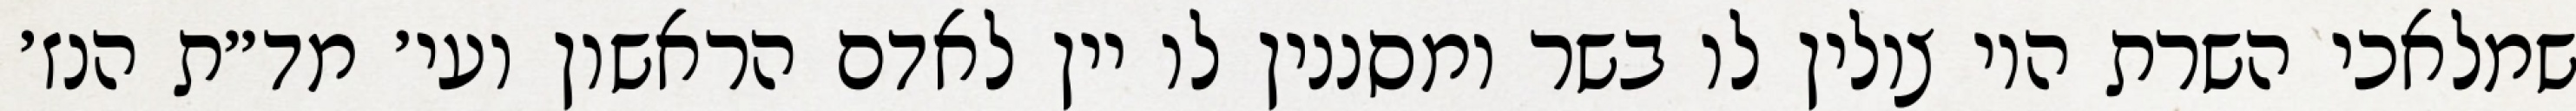
שמלאכי השרת היו צולין לו בשר ומסננין לו יין לאדם הראשון ועי׳ מד״ת הנז׳